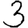
Digit: 3